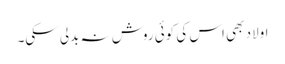
اولاد بھی اس کی کوئی روش نہ بدلی سکی۔